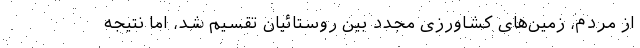
از مردم، زمین‌های کشاورزی مجدد بین روستائیان تقسیم شد، اما نتیجه